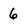
Character: 6